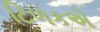
ટિળકએ